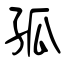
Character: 孤